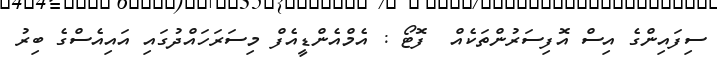
ސިފައިންގެ އިސް އޮފިސަރުންތަކެއް  ފޮޓޯ : އެމްއެންޑީއެފް މިސަރަހައްދުގަައި އައިއެސްގެ ބިރު